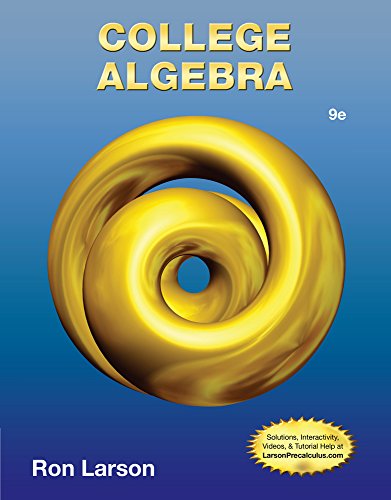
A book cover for College Algebra; Ron Larson; Medical Books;